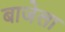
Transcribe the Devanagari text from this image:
बाजेला